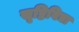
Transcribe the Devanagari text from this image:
सृष्टिविद्या